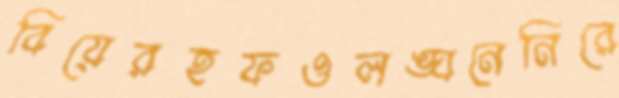
বিয়েরহফওলঙ্ঘনেনিরে